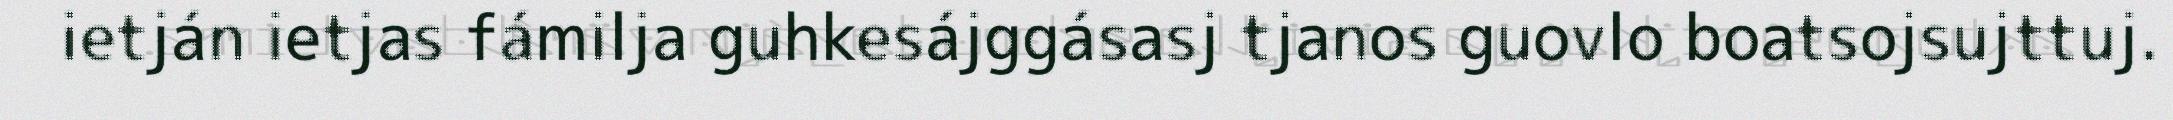
ietján ietjas fámilja guhkesájggásasj tjanos guovlo boatsojsujttuj.